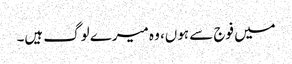
میں فوج سے ہوں، وہ میرے لوگ ہیں۔